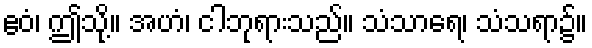
ဧဝံ၊ ဤသို့။ အဟံ၊ ငါဘုရားသည်။ သံသာရေ၊ သံသရာ၌။